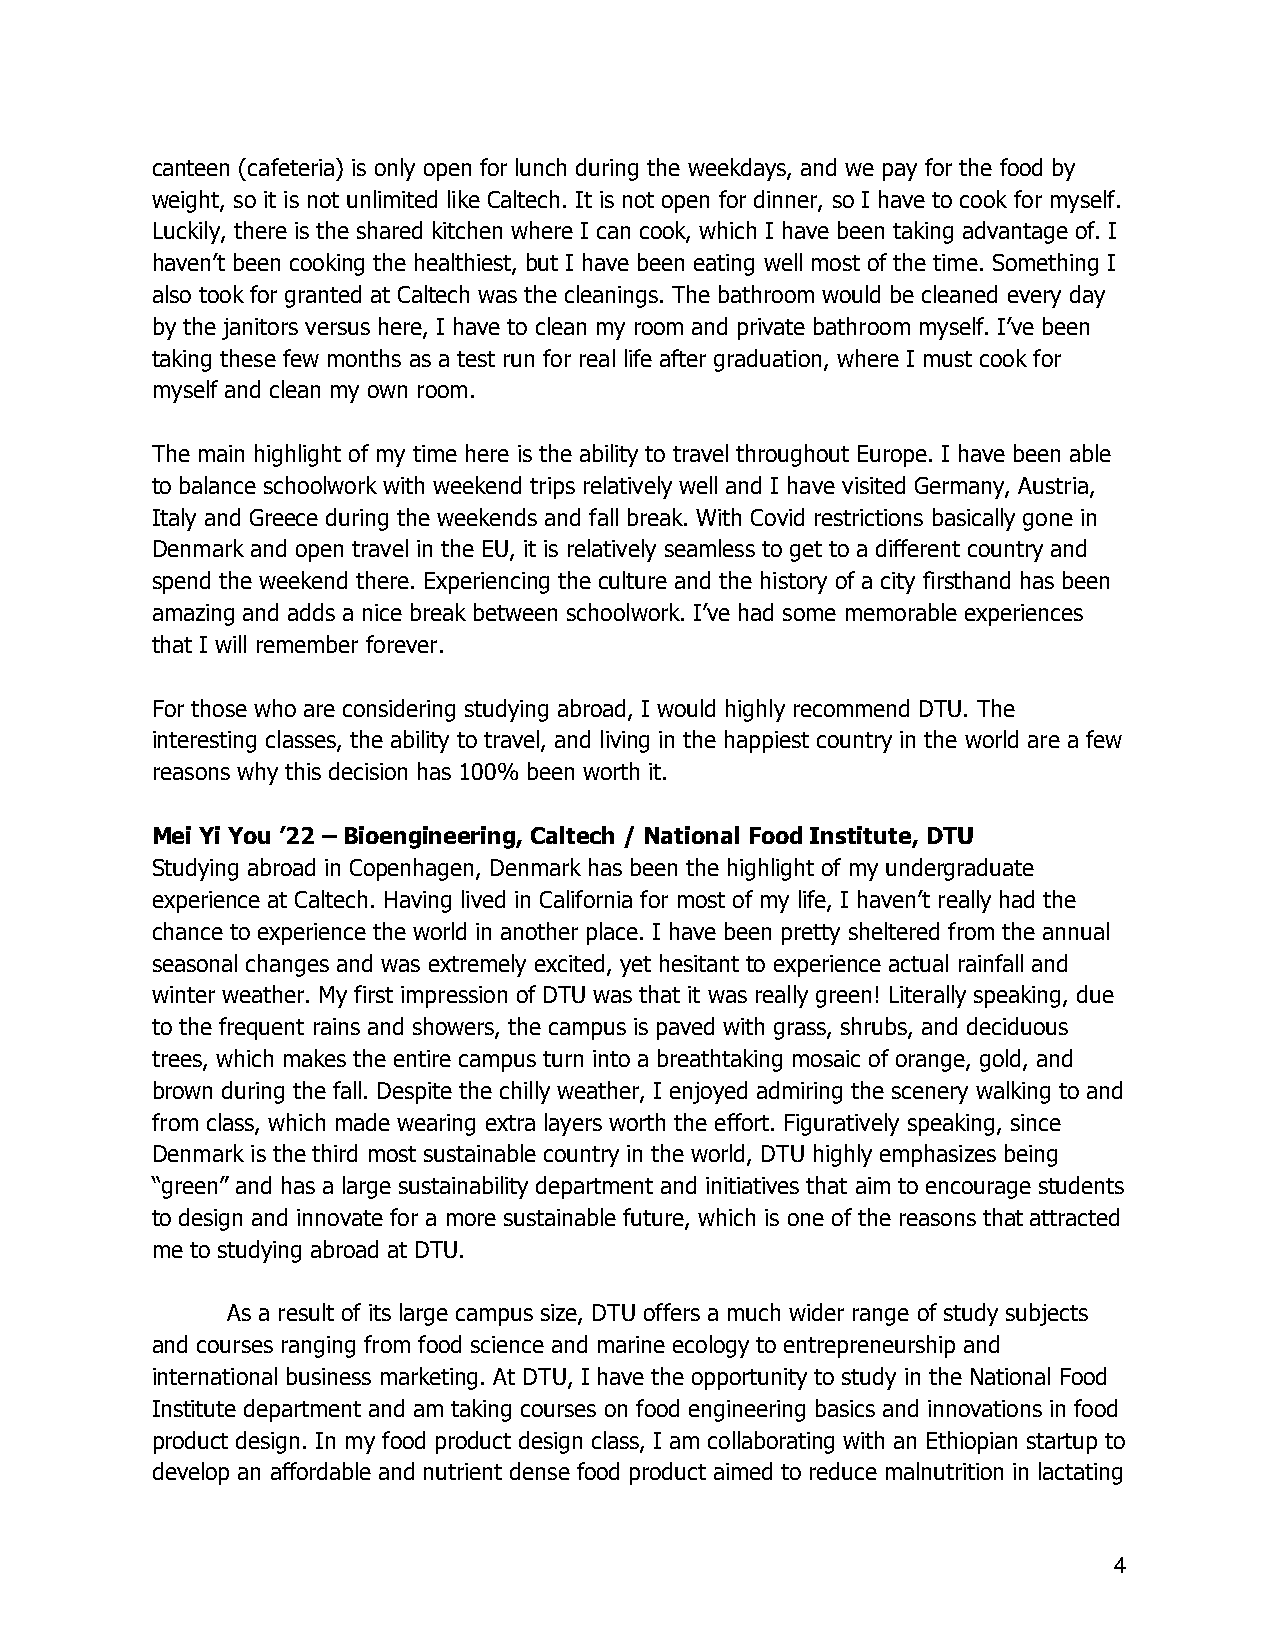
canteen (cafeteria) is only open for lunch during the weekdays, and we pay for the food by
 weight, so it is not unlimited like Caltech. It is not open for dinner, so I have to cook for myself.
 Luckily, there is the shared kitchen where I can cook, which I have been taking advantage of. I
 haven’t been cooking the healthiest, but I have been eating well most of the time. Something I
 also took for granted at Caltech was the cleanings. The bathroom would be cleaned every day
 by the janitors versus here, I have to clean my room and private bathroom myself. I’ve been
 taking these few months as a test run for real life after graduation, where I must cook for
 myself and clean my own room.
 The main highlight of my time here is the ability to travel throughout Europe. I have been able
 to balance schoolwork with weekend trips relatively well and I have visited Germany, Austria,
 Italy and Greece during the weekends and fall break. With Covid restrictions basically gone in
 Denmark and open travel in the EU, it is relatively seamless to get to a different country and
 spend the weekend there. Experiencing the culture and the history of a city firsthand has been
 amazing and adds a nice break between schoolwork. I’ve had some memorable experiences
 that I will remember forever.
 For those who are considering studying abroad, I would highly recommend DTU. The
 interesting classes, the ability to travel, and living in the happiest country in the world are a few
 reasons why this decision has 100% been worth it.
 Mei Yi You ’22 – Bioengineering, Caltech / National Food Institute, DTU
 Studying abroad in Copenhagen, Denmark has been the highlight of my undergraduate
 experience at Caltech. Having lived in California for most of my life, I haven’t really had the
 chance to experience the world in another place. I have been pretty sheltered from the annual
 seasonal changes and was extremely excited, yet hesitant to experience actual rainfall and
 winter weather. My first impression of DTU was that it was really green! Literally speaking, due
 to the frequent rains and showers, the campus is paved with grass, shrubs, and deciduous
 trees, which makes the entire campus turn into a breathtaking mosaic of orange, gold, and
 brown during the fall. Despite the chilly weather, I enjoyed admiring the scenery walking to and
 from class, which made wearing extra layers worth the effort. Figuratively speaking, since
 Denmark is the third most sustainable country in the world, DTU highly emphasizes being
 “green” and has a large sustainability department and initiatives that aim to encourage students
 to design and innovate for a more sustainable future, which is one of the reasons that attracted
 me to studying abroad at DTU.
 As a result of its large campus size, DTU offers a much wider range of study subjects
 and courses ranging from food science and marine ecology to entrepreneurship and
 international business marketing. At DTU, I have the opportunity to study in the National Food
 Institute department and am taking courses on food engineering basics and innovations in food
 product design. In my food product design class, I am collaborating with an Ethiopian startup to
 develop an affordable and nutrient dense food product aimed to reduce malnutrition in lactating
 4